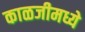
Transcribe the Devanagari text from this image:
काळजीमध्ये